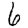
Digit: 6